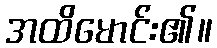
အထိမောင်း၏။